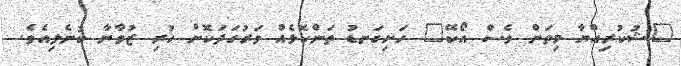
"ޝުކުރިއްޔާ މިތަން ވެސް އޯކޭ" ހަށިގަނޑު ތަންކޮޅެއް ވަރުގަދަކޮށް ހުރި ޒުވާނާ ބުނެލިއެވެ.